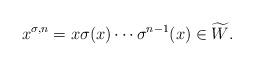
LaTeX: \begin{align*}x^{\sigma,n} =x \sigma(x)\cdots \sigma^{n-1}(x)\in\widetilde W.\end{align*}